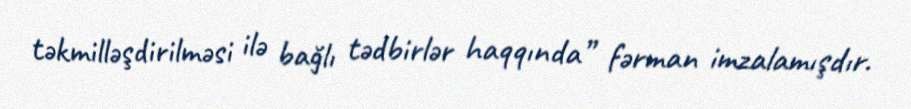
təkmilləşdirilməsi ilə bağlı tədbirlər haqqında” fərman imzalamışdır.